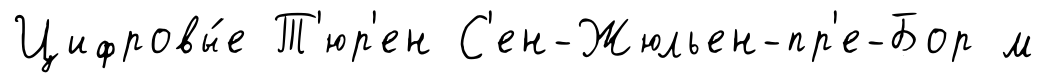
Цифровы́е Т'юр'ен С'ен-Жюльен-пр'е-Бор м